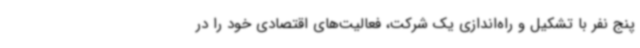
پنج نفر با تشکیل و راه‌اندازی یک شرکت، فعالیت‌های اقتصادی خود را در